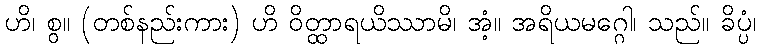
ဟိ၊ စွ။ (တစ်နည်းကား) ဟိ ဝိတ္ထာရယိဿာမိ၊ အံ့။ အရိယမဂ္ဂေါ၊ သည်။ ခိပ္ပံ၊